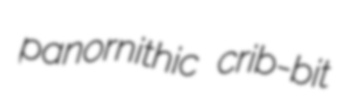
panornithic crib-bit